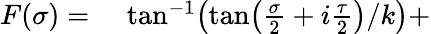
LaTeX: \begin{array}{rl}{F(\sigma)=}&{{}\, \tan^{-1}\! \left({\tan\! \left(\frac{\sigma}{2}+i\frac{\tau}{2}\right)}/{k}\right)+}\end{array}